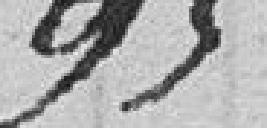
950